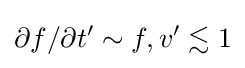
\partial f/\partial t'\sim f,v'\lesssim 1